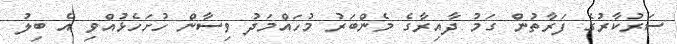
ސަރުކާރުގެ ފަރާތުން ގަމު ދާއިރާގެ މެންބަރު މުހައްމަދު ވިސާން ހުށަހެޅުއްވި އެ ބިލު